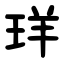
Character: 珜